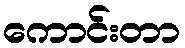
ကောင်းတာ